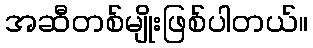
အဆီတစ်မျိုးဖြစ်ပါတယ်။